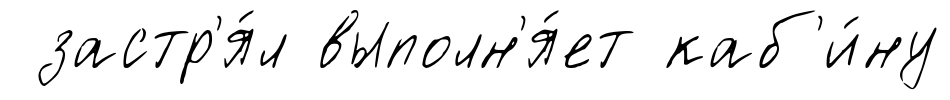
застр'я́л выполн'я́ет каб'и́ну